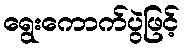
ရွေးကောက်ပွဲဖြင့်